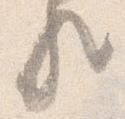
歟